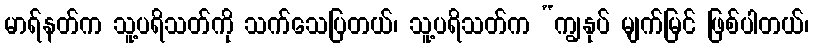
မာရ်နတ်က သူ့ပရိသတ်ကို သက်သေပြတယ်၊ သူ့ပရိသတ်က “ကျွနုပ် မျက်မြင် ဖြစ်ပါတယ်၊